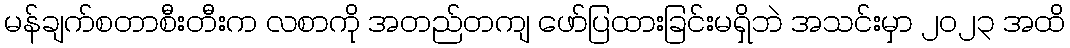
မန်ချက်စတာစီးတီးက လစာကို အတည်တကျ ဖော်ပြထားခြင်းမရှိဘဲ အသင်းမှာ ၂၀၂၃ အထိ